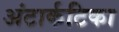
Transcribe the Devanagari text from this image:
अंटार्कटिका